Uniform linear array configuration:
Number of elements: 8
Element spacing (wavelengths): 0.5
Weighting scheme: kaiser
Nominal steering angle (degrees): -45
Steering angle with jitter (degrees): -44.571
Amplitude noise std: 0.05
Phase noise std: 0.05

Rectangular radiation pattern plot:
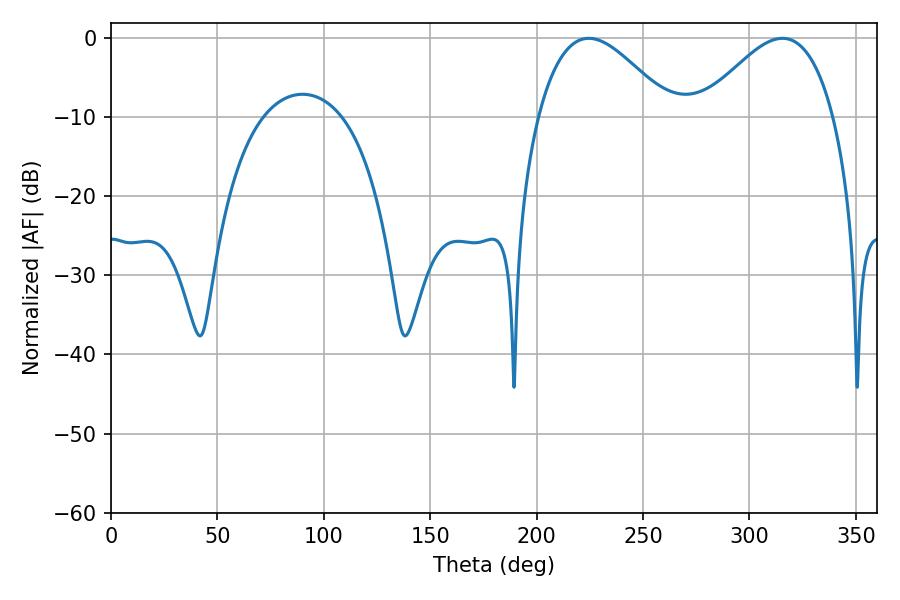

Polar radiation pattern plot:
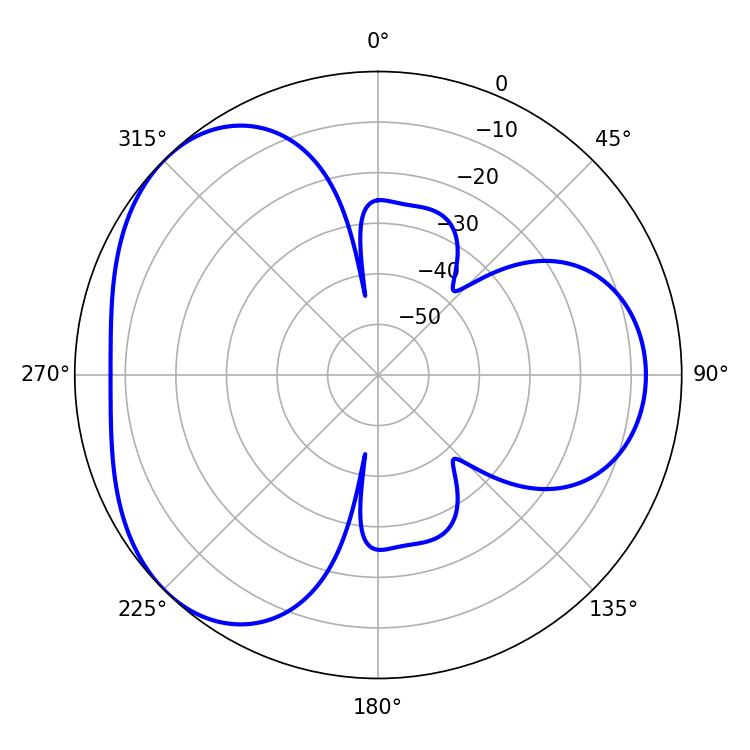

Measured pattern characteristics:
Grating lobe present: FALSE
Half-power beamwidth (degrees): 33.66
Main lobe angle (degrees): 224.46